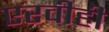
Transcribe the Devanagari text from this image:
एरवीही